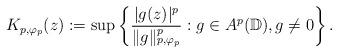
LaTeX: \begin{align*}K_{p,\varphi_p}(z):=\sup\left\{\frac{|g(z)|^p}{\|g\|_{p,\varphi_p}^p}: g\in{A}^p(\mathbb{D}),g\neq0\right\}.\end{align*}